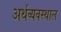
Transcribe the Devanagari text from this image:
अर्थव्यवस्थाल